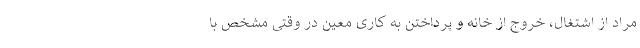
مراد از اشتغال، خروج از خانه و پرداختن به کاری معین در وقتی مشخص با